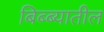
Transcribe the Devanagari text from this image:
बिब्ब्यातील